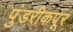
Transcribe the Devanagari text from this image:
पुंडरीकपूर